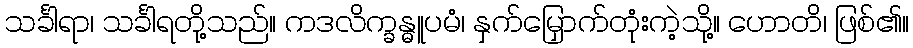
သင်္ခါရာ၊ သင်္ခါရတို့သည်။ ကဒလိက္ခန္ဓူပမံ၊ နှက်မြှောက်တုံးကဲ့သို့။ ဟောတိ၊ ဖြစ်၏။